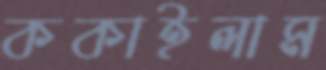
ককাইলাম